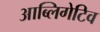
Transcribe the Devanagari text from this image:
आब्लिगेटिव